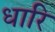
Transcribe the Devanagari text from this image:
धारि